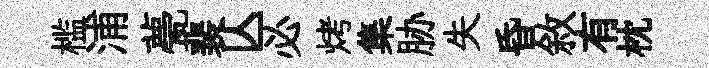
槛浦甍裴亾必烤集胁失昏敘有枕